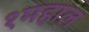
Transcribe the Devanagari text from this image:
१महाल